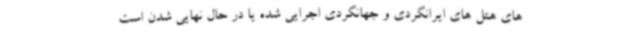
های هتل های ایرانگردی و جهانگردی اجرایی شده یا در حال نهایی شدن است